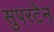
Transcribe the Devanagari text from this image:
सुपरटेन